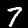
Digit: 7